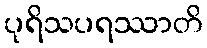
ပုရိသပရဿာတိ